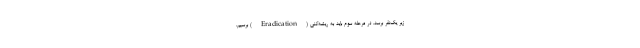
زیر یک‌نفر برسد. در مرحله سوم باید به ریشه‌کنی (Eradication) برسیم.